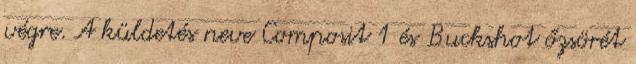
végre. A küldetés neve Composit 1 és Buckshot őzsörét